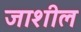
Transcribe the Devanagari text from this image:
जाशील